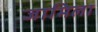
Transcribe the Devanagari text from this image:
जामिला